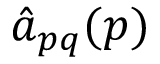
{ \hat { a } } _ { p q } ( \boldsymbol { p } )